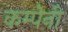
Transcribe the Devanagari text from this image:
कम्पेनी